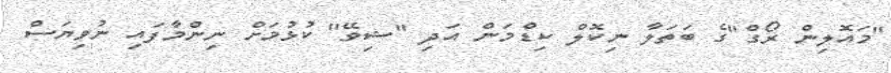
''މައޮލިން ރޯގް''ގެ ބަތަލާ ނިކޮލް ކިޑްމަން އަދި ''ޝިވޭ'' ކުޅުމަށް ނިންމާފައި ނުވިޔަސް